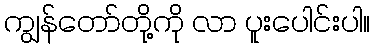
ကျွန်တော်တို့ကို လာ ပူးပေါင်းပါ။